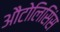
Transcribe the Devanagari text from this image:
औटोलिसिंस